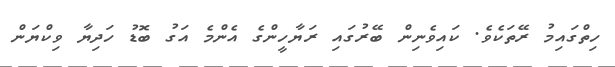
ހިތްގައިމު ރޭތަކެވެ. ކައިވެނިން ބޭރުގައި ރަޔާހީންގެ އެންމެ އަގު ބޮޑު ހަދިޔާ ވިކްޔަން